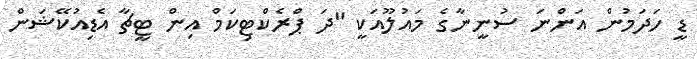
ޑީ ހަދަމުން އަންނަ ސުނީނާގެ މައުލޫއަކީ "ދަ ޕްރެކްޓިކަމް އިން ޓީޗާ އެޑިއުކޭޝަން